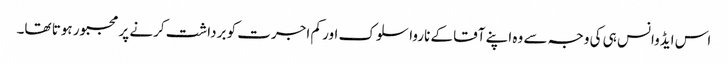
اس ایڈوانس ہی کی وجہ سے وہ اپنے آقا کے ناروا سلوک اور کم اجرت کو برداشت کرنے پر مجبور ہوتا تھا۔